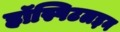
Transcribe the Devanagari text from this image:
हॉस्पिटलइन